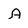
Character: A